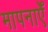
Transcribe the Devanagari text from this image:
मापनाएँ